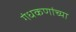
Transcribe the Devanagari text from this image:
गंधकणांच्या